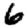
Digit: 6